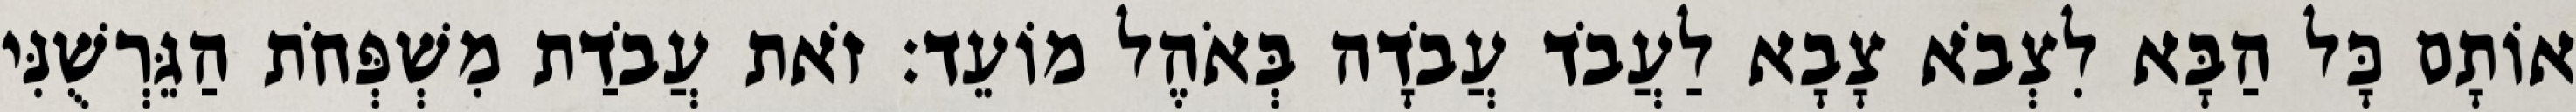
אוֹתָם כָּל הַבָּא לִצְבֹא צָבָא לַעֲבֹד עֲבֹדָה בְּאֹהֶל מוֹעֵד׃ זֹאת עֲבֹדַת מִשְׁפְּחֹת הַגֵּרְשֻׁנִּי